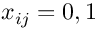
x _ { i j } = 0 , 1